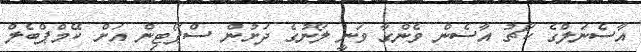
އާސެނަލްގެ ކޯޗު އާސެން ވެންގާ ވަނީ ލޯނުގެ ދަށުން ސްޕޯޓިން އަށް ކޭމްޕްބެލް